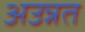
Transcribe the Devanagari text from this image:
अउन्नत